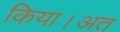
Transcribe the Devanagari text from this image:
किया।अत